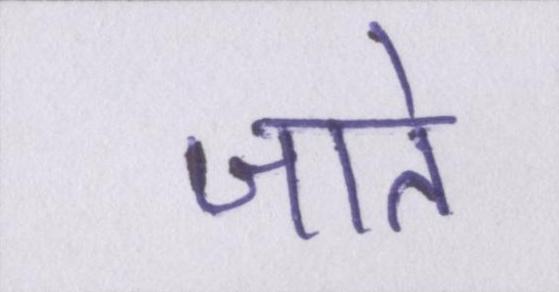
जाते